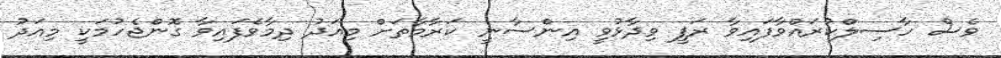
ވެސް ހާސިލްކުރައްވާފައިވާ ރަފީ ވިދާޅުވީ އިންސާނީ ކަރާމާތަށް މިއަދު ދިމާވެފައިވާ ގޮންޖެހުމަކީ މިއަދު